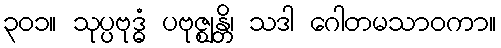
၃၀၁။ သုပ္ပဗုဒ္ဓံ ပဗုဇ္ဈန္တိ၊ သဒါ ဂေါတမသာဝကာ။